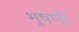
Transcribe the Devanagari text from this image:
भूषणी